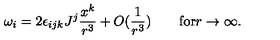
\omega _ { i } = 2 \epsilon _ { i j k } J ^ { j } \frac { x ^ { k } } { r ^ { 3 } } + O ( \frac { 1 } { r ^ { 3 } } ) \quad \quad \mathrm { f o r } r \to \infty .